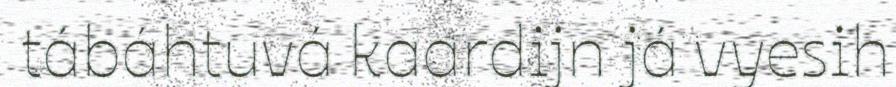
tábáhtuvá kaardijn já vyesih